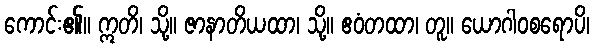
ကောင်း၏။ ဣတိ၊ သို့။ ဇာနာတိယထာ၊ သို့။ ဧဝံတထာ၊ တူ။ ယောဂါဝစရောပိ၊